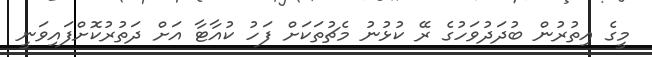
މީގެ އިތުރުން ބުދަދުވަހުގެ ރޭ ކުޅުނު މެޗުތަކަށް ފަހު ކުއާޓާ އަށް ދަތުރުކޮށްފައިވަނީ